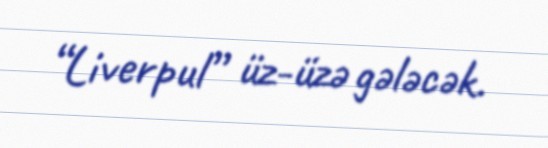
“Liverpul” üz-üzə gələcək.